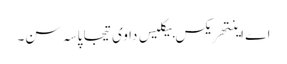
اے اینتھریکس بیکلیس دا وی تیجا پاسہ سن۔